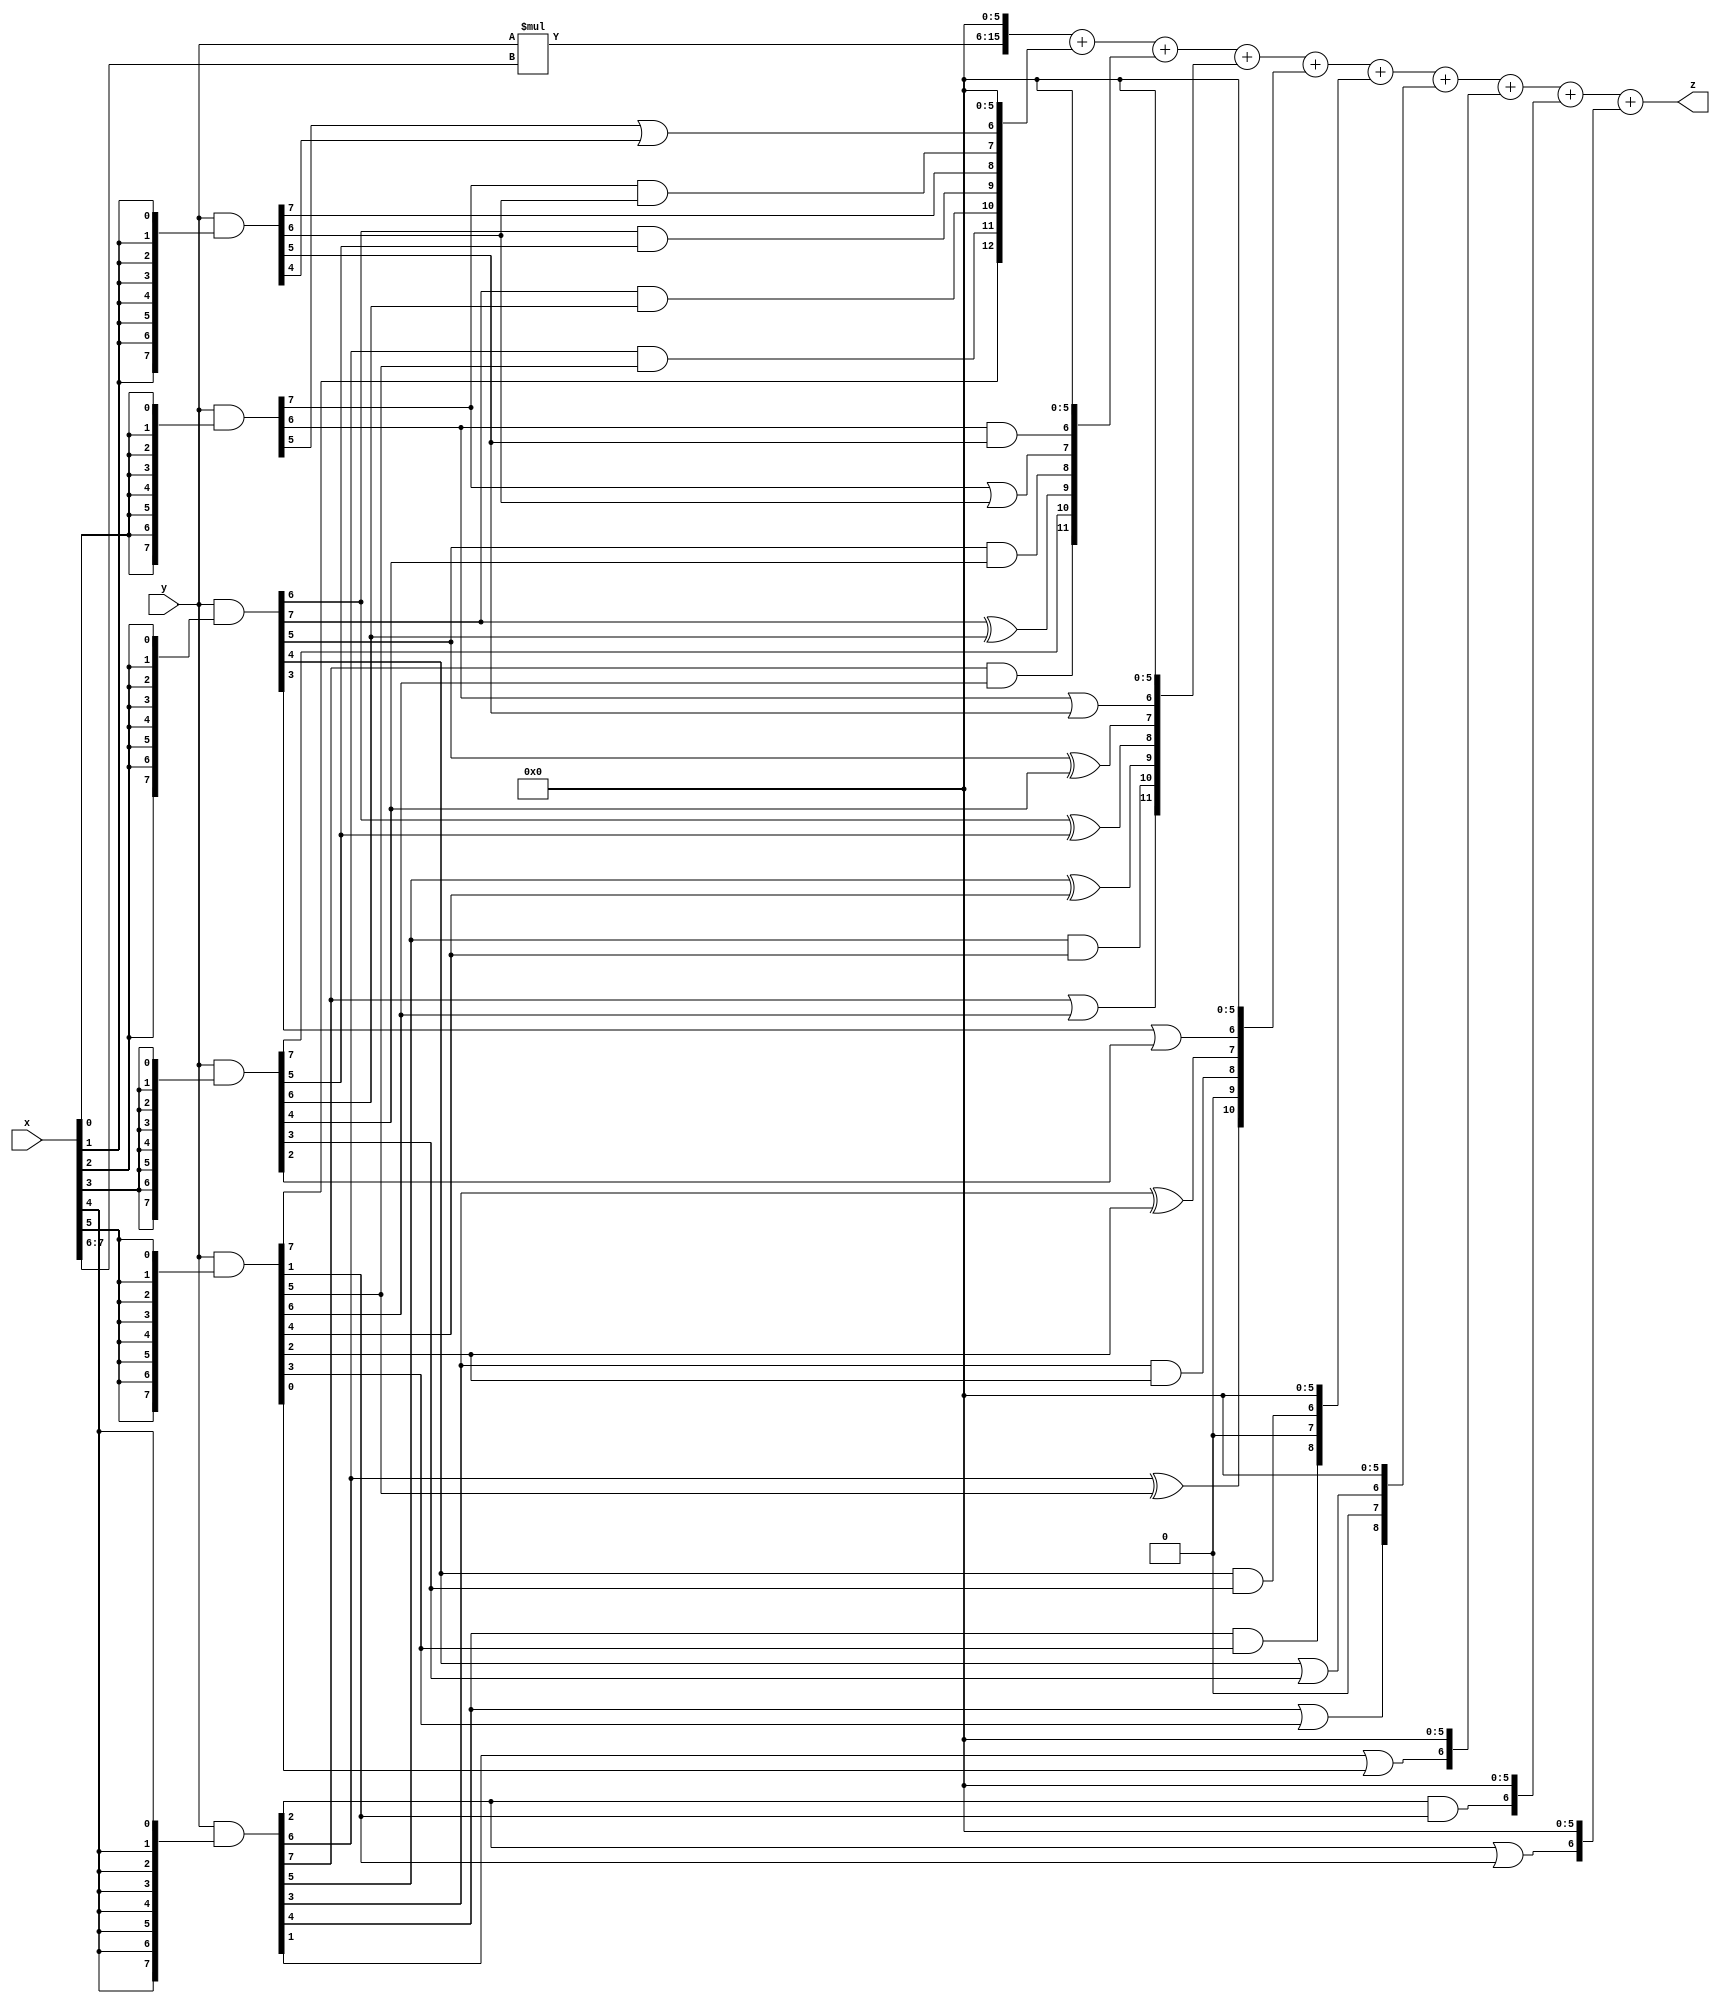
// terms: 30
// fval:  6848.25

module unsigned_8x8_l6_lamb200_5 (
	input [7:0] x,
	input [7:0] y,
	output [15:0] z
);

wire [9:0] tmp_z = y*x[7:6];

wire [7:0] part1 =  y & {8{x[0]}};
wire [7:0] part2 =  y & {8{x[1]}};
wire [7:0] part3 =  y & {8{x[2]}};
wire [7:0] part4 =  y & {8{x[3]}};
wire [7:0] part5 =  y & {8{x[4]}};
wire [7:0] part6 =  y & {8{x[5]}};

wire [12:0] new_part1;
assign new_part1[0] = 0;
assign new_part1[1] = 0;
assign new_part1[2] = 0;
assign new_part1[3] = 0;
assign new_part1[4] = 0;
assign new_part1[5] = 0;
assign new_part1[6] = part1[5] | part2[4];
assign new_part1[7] = part1[7] & part2[6];
assign new_part1[8] = part2[7];
assign new_part1[9] = part3[6] & part4[5];
assign new_part1[10] = part3[7] & part4[6];
assign new_part1[11] = part5[6] & part6[5];
assign new_part1[12] = part6[7];

wire [11:0] new_part2;
assign new_part2[0] = 0;
assign new_part2[1] = 0;
assign new_part2[2] = 0;
assign new_part2[3] = 0;
assign new_part2[4] = 0;
assign new_part2[5] = 0;
assign new_part2[6] = part1[6] & part2[5];
assign new_part2[7] = part1[7] | part2[6];
assign new_part2[8] = part3[5] & part4[4];
assign new_part2[9] = part3[7] ^ part4[6];
assign new_part2[10] = part4[7];
assign new_part2[11] = part5[7] & part6[6];

wire [11:0] new_part3;
assign new_part3[0] = 0;
assign new_part3[1] = 0;
assign new_part3[2] = 0;
assign new_part3[3] = 0;
assign new_part3[4] = 0;
assign new_part3[5] = 0;
assign new_part3[6] = part1[6] | part2[5];
assign new_part3[7] = part3[5] ^ part4[4];
assign new_part3[8] = part3[6] ^ part4[5];
assign new_part3[9] = part5[5] ^ part6[4];
assign new_part3[10] = part5[5] & part6[4];
assign new_part3[11] = part5[7] | part6[6];

wire [10:0] new_part4;
assign new_part4[0] = 0;
assign new_part4[1] = 0;
assign new_part4[2] = 0;
assign new_part4[3] = 0;
assign new_part4[4] = 0;
assign new_part4[5] = 0;
assign new_part4[6] = part3[3] | part4[2];
assign new_part4[7] = part5[3] ^ part6[2];
assign new_part4[8] = part5[3] & part6[2];
assign new_part4[9] = 0;
assign new_part4[10] = part5[6] ^ part6[5];

wire [8:0] new_part5;
assign new_part5[0] = 0;
assign new_part5[1] = 0;
assign new_part5[2] = 0;
assign new_part5[3] = 0;
assign new_part5[4] = 0;
assign new_part5[5] = 0;
assign new_part5[6] = part3[4] & part4[3];
assign new_part5[7] = 0;
assign new_part5[8] = part5[4] & part6[3];

wire [8:0] new_part6;
assign new_part6[0] = 0;
assign new_part6[1] = 0;
assign new_part6[2] = 0;
assign new_part6[3] = 0;
assign new_part6[4] = 0;
assign new_part6[5] = 0;
assign new_part6[6] = part3[4] | part4[3];
assign new_part6[7] = 0;
assign new_part6[8] = part5[4] | part6[3];

wire [6:0] new_part7;
assign new_part7[0] = 0;
assign new_part7[1] = 0;
assign new_part7[2] = 0;
assign new_part7[3] = 0;
assign new_part7[4] = 0;
assign new_part7[5] = 0;
assign new_part7[6] = part5[1] | part6[0];

wire [6:0] new_part8;
assign new_part8[0] = 0;
assign new_part8[1] = 0;
assign new_part8[2] = 0;
assign new_part8[3] = 0;
assign new_part8[4] = 0;
assign new_part8[5] = 0;
assign new_part8[6] = part5[2] & part6[1];

wire [6:0] new_part9;
assign new_part9[0] = 0;
assign new_part9[1] = 0;
assign new_part9[2] = 0;
assign new_part9[3] = 0;
assign new_part9[4] = 0;
assign new_part9[5] = 0;
assign new_part9[6] = part5[2] | part6[1];

assign z = {tmp_z, 6'd 0} + new_part1 + new_part2 + new_part3 + new_part4 + new_part5 + new_part6 + new_part7 + new_part8 + new_part9;
endmodule